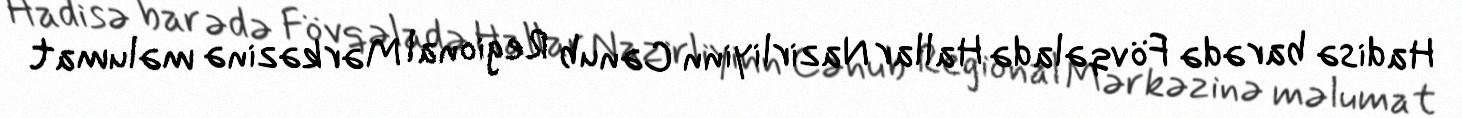
Hadisə barədə Fövqəladə Hallar Nazirliyinn Cənub Regional Mərkəzinə məlumat